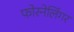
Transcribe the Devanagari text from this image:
फोरनेलिंगर